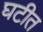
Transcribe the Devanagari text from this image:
घटीत